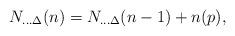
LaTeX: \begin{align*}N_{...\Delta}(n)=N_{...\Delta}(n-1)+n(p),\end{align*}